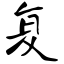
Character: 复